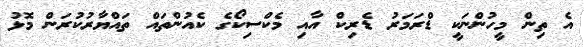
އެ ތިން މީހުންނަކީ ޑްރަމަރު ޑެރިކް އާއި މެކްސިކޯގެ ކެއުންތައް ތައްޔާރުކުރަން މޮޅު